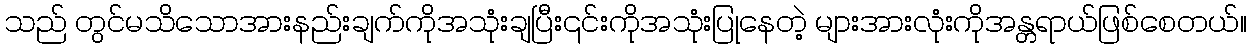
သည် တွင်မသိသောအားနည်းချက်ကိုအသုံးချပြီး၎င်းကိုအသုံးပြုနေတဲ့ များအားလုံးကိုအန္တရာယ်ဖြစ်စေတယ်။